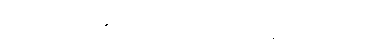
စကြဝဠာကြီး၏ ဗဟိုချက်မပင် ဖြစ်နေပေလိမ့်မည်။